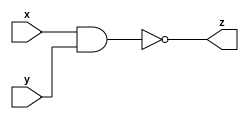
module nand_gate(input x,
                 input y,
                 output z);
  nand (z,x,y);
endmodule